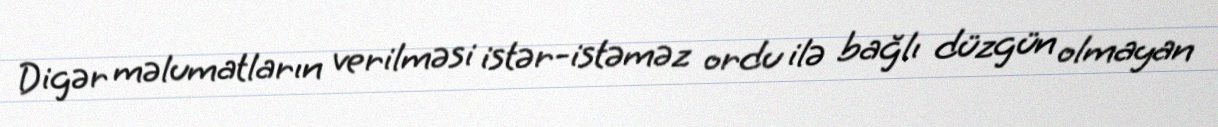
Digər məlumatların verilməsi istər-istəməz ordu ilə bağlı düzgün olmayan